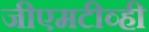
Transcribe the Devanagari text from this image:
जीएमटीव्ही